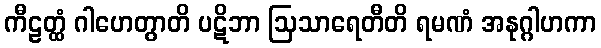
ကီဠတ္ထံ ဂါဟေတွာတိ ပဋိဘာ ဩသာရေတီတိ ရမဏံ အနုဂ္ဂါဟကာ